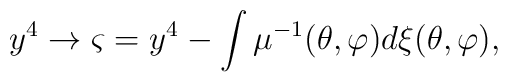
y^4\rightarrow \varsigma =y^4-\int \mu ^{-1}(\theta ,\varphi )d\xi (\theta,\varphi ),